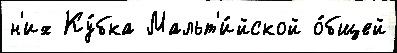
н'их Ку́бка Мальт'и́йской о́бщей